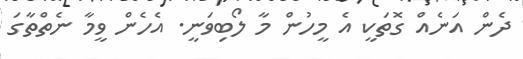
ދެން އަނެއް ގޮތަކީ އެ މީހުން މާ ލޯބިވަނީ. އެހެން ވީމާ ނެތްތާގަ